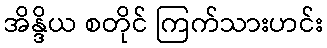
အိန္ဒိယ စတိုင် ကြက်သားဟင်း